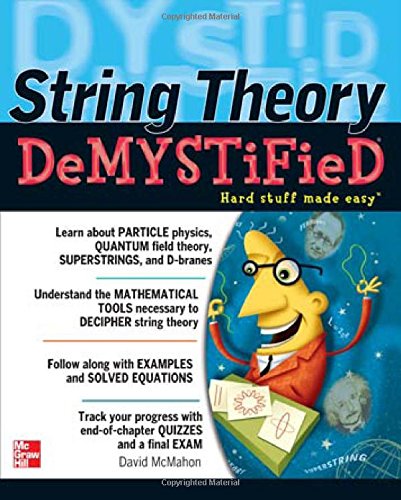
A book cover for String Theory Demystified; David McMahon; Science & Math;